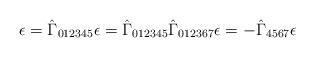
LaTeX: \begin{align*}\epsilon = \hat{\Gamma}_{012345} \epsilon = \hat{\Gamma}_{012345} \hat{\Gamma}_{012367} \epsilon = -\hat{\Gamma}_{4567} \epsilon\end{align*}